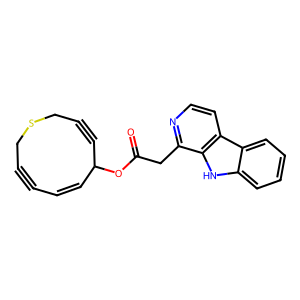
SMILES: O=C(Cc1nccc2c1[nH]c1ccccc12)OC1C#CCSCC#CC=C1
Inhibits HIV replication: No